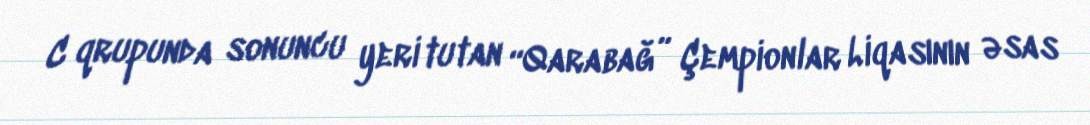
C qrupunda sonuncu yeri tutan “Qarabağ” Çempionlar Liqasının əsas